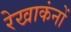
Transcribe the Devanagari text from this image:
रेखाकंनों